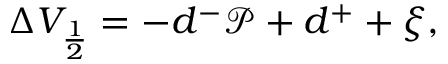
\begin{array} { r } { \Delta V _ { \frac { 1 } { 2 } } = - d ^ { - } \mathcal { P } + d ^ { + } + \xi , } \end{array}